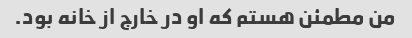
من مطمئن هستم که او در خارج از خانه بود.